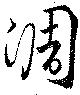
淍